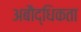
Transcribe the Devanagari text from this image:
अबौद्धिकता